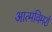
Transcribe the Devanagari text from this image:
आत्मविमर्श